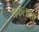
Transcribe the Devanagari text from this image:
चकलाला